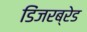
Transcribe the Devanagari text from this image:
डिंजरब्रेड